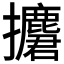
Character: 𢹲